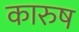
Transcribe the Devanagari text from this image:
कारुष